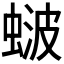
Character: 𬠚